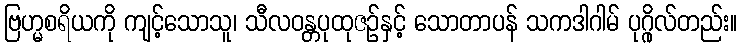
ဗြဟ္မစရိယကို ကျင့်သောသူ၊ သီလဝန္တပုထုဇဉ်နှင့် သောတာပန် သကဒါဂါမ် ပုဂ္ဂိုလ်တည်း။